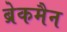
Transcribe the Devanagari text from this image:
ब्रेकमैन